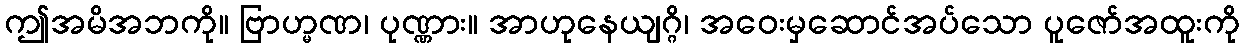
ဤအမိအဘကို။ ဗြာဟ္မဏ၊ ပုဏ္ဏား။ အာဟုနေယျဂ္ဂိ၊ အဝေးမှဆောင်အပ်သော ပူဇော်အထူးကို